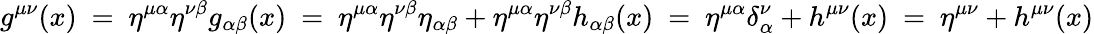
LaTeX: g^{\mu\nu}(x)~=~\eta^{\mu\alpha}\eta^{\nu\beta}g_{\alpha\beta}(x)~=~\eta^{\mu\alpha}\eta^{\nu\beta}\eta_{\alpha\beta}+\eta^{\mu\alpha}\eta^{\nu\beta}h_{\alpha\beta}(x)~=~\eta^{\mu\alpha}\delta_{\alpha}^{\nu}+h^{\mu\nu}(x)~=~\eta^{\mu\nu}+h^{\mu\nu}(x)